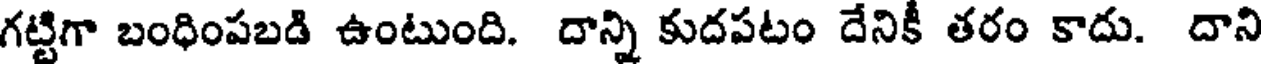
గట్టిగా బంధింపబడి ఉంటుంది. దాన్ని కుదపటం దేనికీ తరం కాదు. దాని